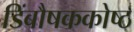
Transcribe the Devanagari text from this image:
डिंबौषककोष्ठ